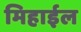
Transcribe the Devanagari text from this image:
मिहाईल